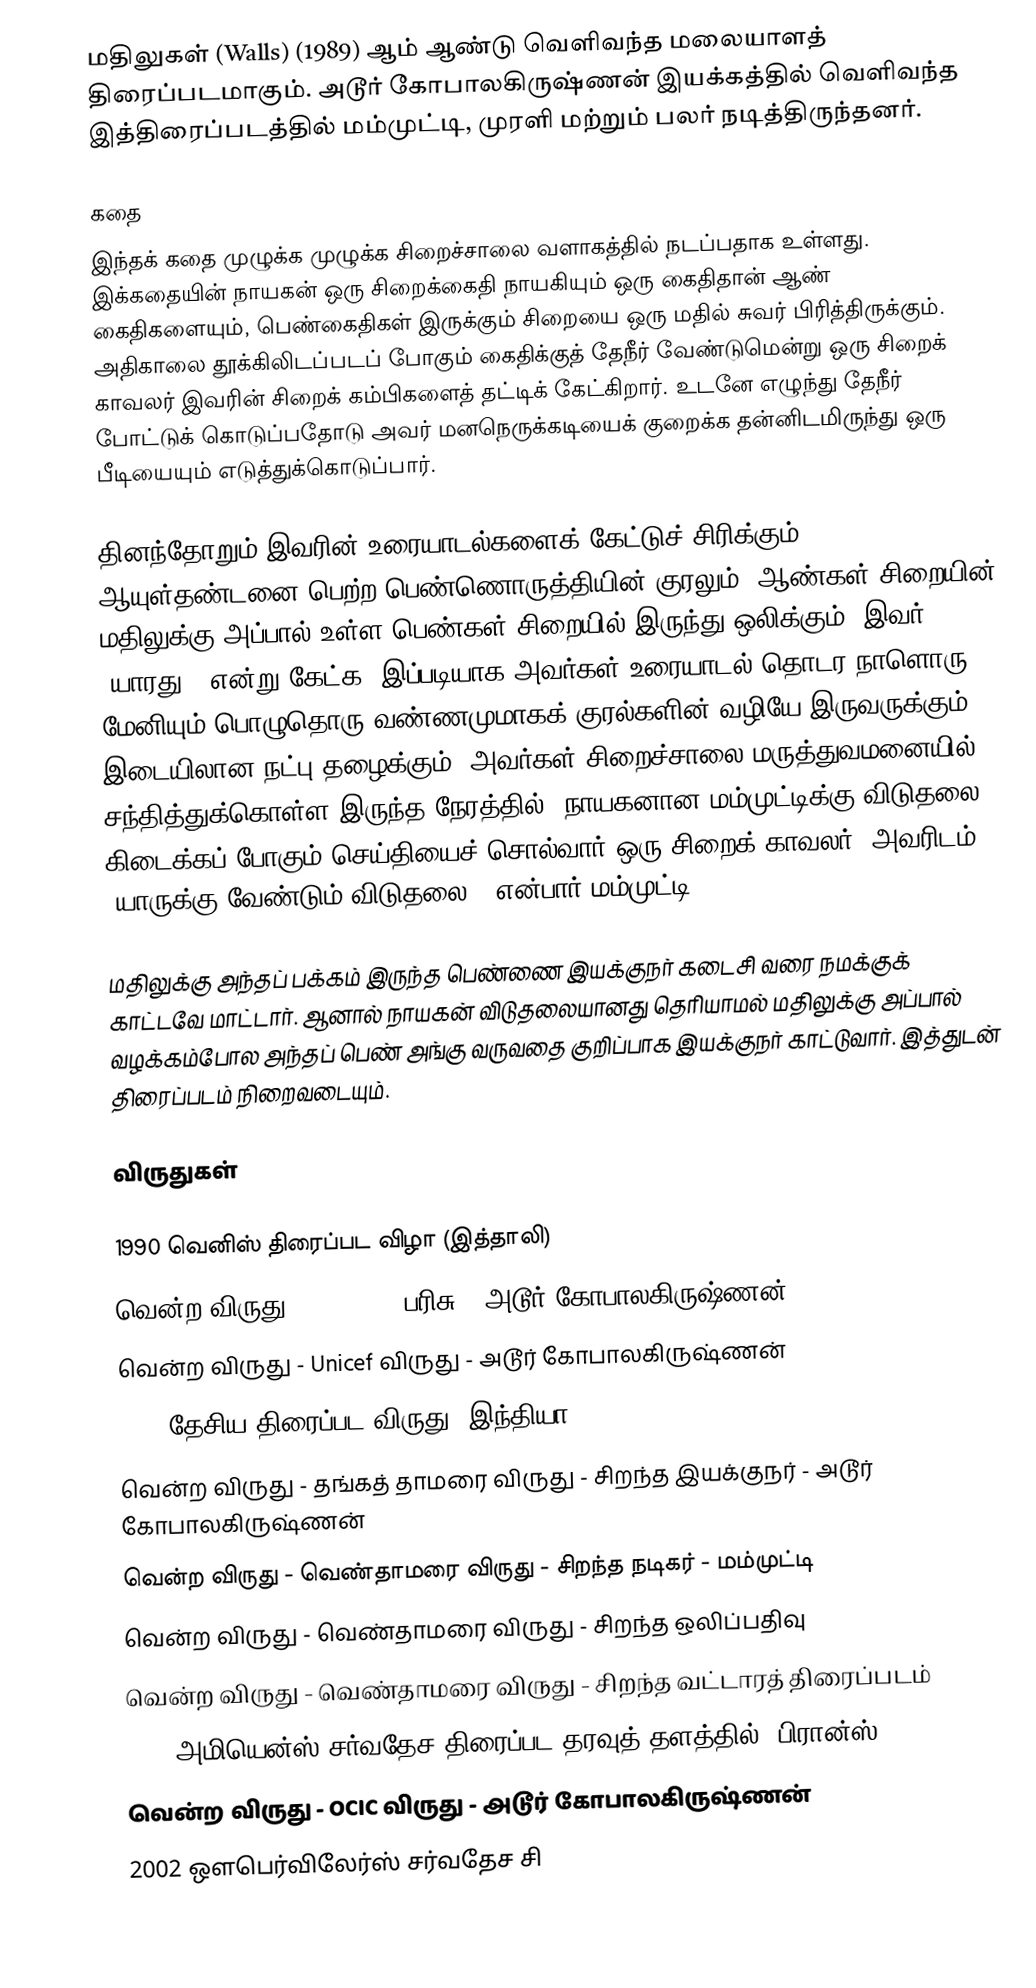
மதிலுகள் (Walls) (1989)  ஆம் ஆண்டு வெளிவந்த மலையாளத் திரைப்படமாகும். அடூர் கோபாலகிருஷ்ணன் இயக்கத்தில் வெளிவந்த இத்திரைப்படத்தில் மம்முட்டி, முரளி மற்றும் பலர் நடித்திருந்தனர்.

கதை
இந்தக் கதை முழுக்க முழுக்க சிறைச்சாலை வளாகத்தில் நடப்பதாக உள்ளது. இக்கதையின் நாயகன் ஒரு சிறைக்கைதி நாயகியும் ஒரு கைதிதான் ஆண் கைதிகளையும், பெண்கைதிகள் இருக்கும் சிறையை ஒரு மதில் சுவர் பிரித்திருக்கும். அதிகாலை தூக்கிலிடப்படப் போகும் கைதிக்குத் தேநீர் வேண்டுமென்று ஒரு சிறைக் காவலர் இவரின் சிறைக் கம்பிகளைத் தட்டிக் கேட்கிறார். உடனே எழுந்து தேநீர் போட்டுக் கொடுப்பதோடு அவர் மனநெருக்கடியைக் குறைக்க தன்னிடமிருந்து ஒரு பீடியையும் எடுத்துக்கொடுப்பார்.

தினந்தோறும் இவரின் உரையாடல்களைக் கேட்டுச் சிரிக்கும் ஆயுள்தண்டனை பெற்ற பெண்ணொருத்தியின் குரலும், ஆண்கள் சிறையின் மதிலுக்கு அப்பால் உள்ள பெண்கள் சிறையில் இருந்து ஒலிக்கும். இவர் `யாரது?’ என்று கேட்க, இப்படியாக அவர்கள் உரையாடல் தொடர நாளொரு மேனியும் பொழுதொரு வண்ணமுமாகக் குரல்களின் வழியே இருவருக்கும் இடையிலான நட்பு தழைக்கும். அவர்கள் சிறைச்சாலை மருத்துவமனையில் சந்தித்துக்கொள்ள இருந்த நேரத்தில், நாயகனான மம்முட்டிக்கு விடுதலை கிடைக்கப் போகும் செய்தியைச் சொல்வார் ஒரு சிறைக் காவலர். அவரிடம், `யாருக்கு வேண்டும் விடுதலை?’ என்பார் மம்முட்டி.

மதிலுக்கு அந்தப் பக்கம் இருந்த பெண்ணை இயக்குநர் கடைசி வரை நமக்குக் காட்டவே மாட்டார். ஆனால் நாயகன் விடுதலையானது தெரியாமல் மதிலுக்கு அப்பால் வழக்கம்போல அந்தப் பெண் அங்கு வருவதை குறிப்பாக இயக்குநர் காட்டுவார். இத்துடன்  திரைப்படம் நிறைவடையும்.

விருதுகள்

1990 வெனிஸ் திரைப்பட விழா (இத்தாலி)
 வென்ற விருது - FIPRESCI பரிசு - அடூர் கோபாலகிருஷ்ணன்
 வென்ற விருது - Unicef விருது - அடூர் கோபாலகிருஷ்ணன்
1990 தேசிய திரைப்பட விருது (இந்தியா)
 வென்ற விருது - தங்கத் தாமரை விருது - சிறந்த இயக்குநர் - அடூர் கோபாலகிருஷ்ணன்
 வென்ற விருது - வெண்தாமரை விருது - சிறந்த நடிகர் - மம்முட்டி
 வென்ற விருது - வெண்தாமரை விருது - சிறந்த ஒலிப்பதிவு
 வென்ற விருது - வெண்தாமரை விருது - சிறந்த வட்டாரத் திரைப்படம்
1990 அமியென்ஸ் சர்வதேச திரைப்பட தரவுத் தளத்தில் (பிரான்ஸ்)
 வென்ற விருது - OCIC விருது - அடூர் கோபாலகிருஷ்ணன்
2002 ஔபெர்விலேர்ஸ் சர்வதேச சி